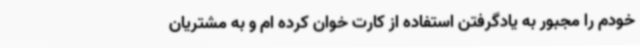
خودم را مجبور به یادگرفتن استفاده از کارت خوان کرده ام و به مشتریان